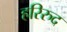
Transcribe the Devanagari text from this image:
हरिरुद